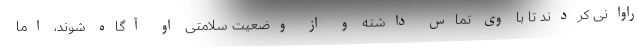
راوانی کردند تا با وی تماس داشته و از وضعیت سلامتی او آگاه شوند، اما